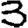
Digit: 3